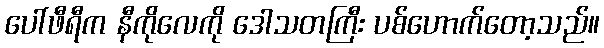
ပေါ်ဖီရီက နီကိုလေကို ဒေါသတကြီး ပစ်ဟောက်တော့သည်။